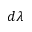
d \lambda